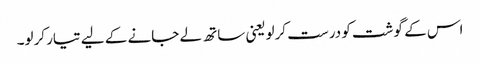
اس کے گوشت کو درست کرلویعنی ساتھ لے جانے کے لیے تیار کرلو۔